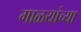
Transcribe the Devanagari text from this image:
गाळयांच्या